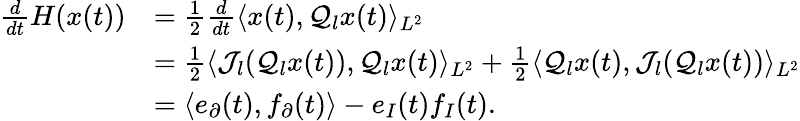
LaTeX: \begin{array}{rl}{\frac{d}{dt}H(x(t))}&{=\frac{1}{2}\frac{d}{dt}\langle x(t),\mathcal{Q}_{l}x(t)\rangle_{L^{2}}}\\ &{=\frac{1}{2}\langle\mathcal{J}_{l}(\mathcal{Q}_{l}x(t)),\mathcal{Q}_{l}x(t)\rangle_{L^{2}}+\frac{1}{2}\langle\mathcal{Q}_{l}x(t),\mathcal{J}_{l}(\mathcal{Q}_{l}x(t))\rangle_{L^{2}}}\\ &{=\langle e_{\partial}(t),f_{\partial}(t)\rangle-e_{I}(t)f_{I}(t).}\end{array}